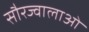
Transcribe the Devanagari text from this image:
सौरज्वालाओं